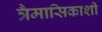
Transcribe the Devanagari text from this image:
त्रैमासिकाशी